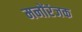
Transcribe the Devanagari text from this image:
मनोंरंजक